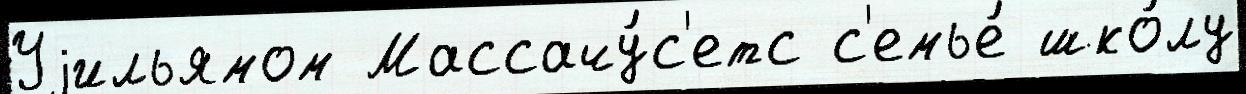
Уjильямом Массачу́с'етс с'емье́ шко́лу